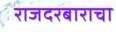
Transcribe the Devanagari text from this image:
राजदरबाराचा